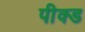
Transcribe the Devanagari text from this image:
पीक्ड